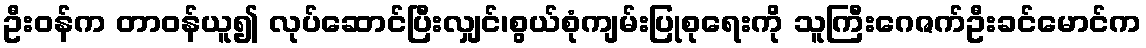
ဦးဝန်က တာဝန်ယူ၍ လုပ်ဆောင်ပြီးလျှင်၊စွယ်စုံကျမ်းပြုစုရေးကို သူကြီးဂေဇက်ဦးခင်မောင်က